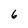
Character: 6